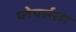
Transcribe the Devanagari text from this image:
प्लेयर्सला